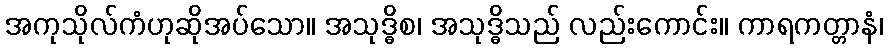
အကုသိုလ်ကံဟုဆိုအပ်သော။ အသုဒ္ဓိစ၊ အသုဒ္ဓိသည် လည်းကောင်း။ ကာရကတ္တာနံ၊